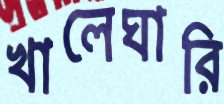
খালেঘারি